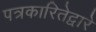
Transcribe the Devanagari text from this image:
पत्रकारितेद्वारे